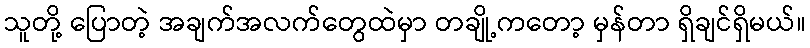
သူတို့ ပြောတဲ့ အချက်အလက်တွေထဲမှာ တချို့ကတော့ မှန်တာ ရှိချင်ရှိမယ်။